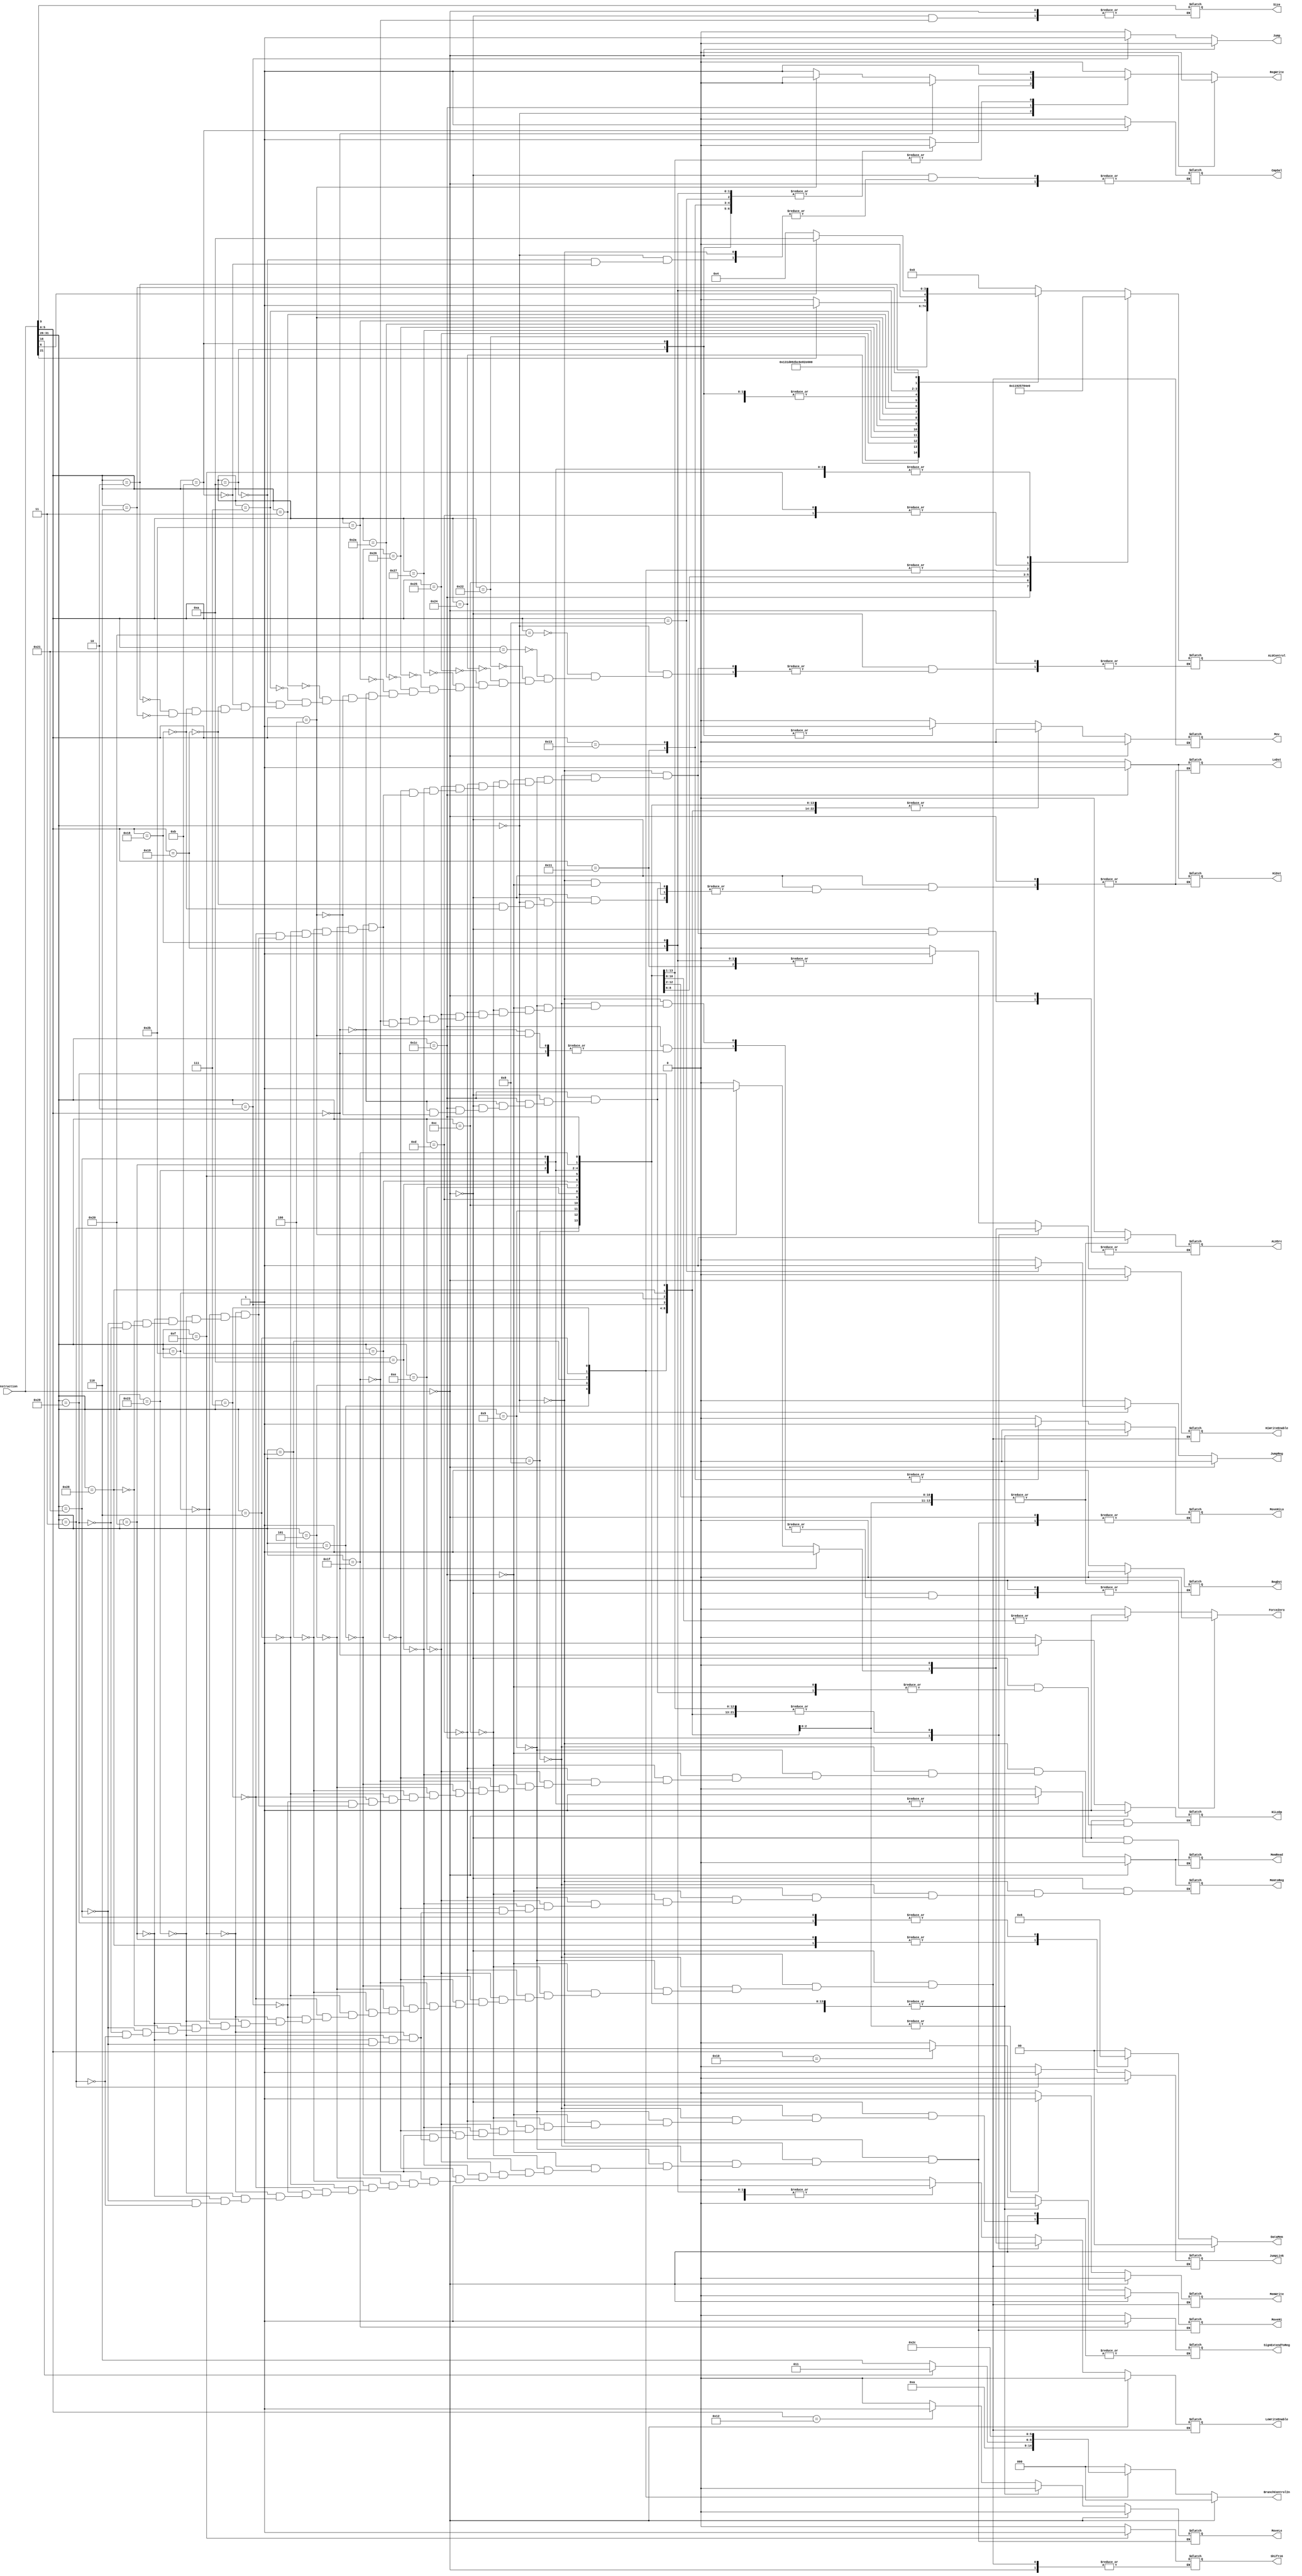
`timescale 1ns / 1ps

////////////////////////////////////////////////////////////////////////////////
// Team Members:
// Overall percent effort of each team meber: 
// Eddie Richter: 
// Hugo Valdez: 
// 
// ECE369 - Computer Architecture
// Laboratory 3 (PostLab)
// Module - Controller.v
// Description - Controls the datapath of the MIPS processor.
// INPUTS:
//
// OUTPUTS:-
// FUNCTIONALITY:-
////////////////////////////////////////////////////////////////////////////////

module Controller(DataMem, JumpReg, JumpLink, Shift16, Jump, BranchControlIn, ForceZero, HiLoOp, HiDst, LoDst, Mov, CmpSel, Instruction, Size, RegDst, RegWrite, ALUSrc, MemWrite, MemRead, MemtoReg, ALUControl, HiWriteEnable, LoWriteEnable, SignExtendToReg, MoveHiLo, MoveHi, MoveLo);
    input[31:0] Instruction;
    output reg Mov, CmpSel, SignExtendToReg, Size, RegDst, 
    RegWrite, ALUSrc, MemWrite, MemRead, MemtoReg, 
    HiWriteEnable, LoWriteEnable, HiLoOp, HiDst, LoDst, MoveHiLo,
    MoveHi, MoveLo, ForceZero, Jump, Shift16, JumpReg, JumpLink;
    output reg [1:0] DataMem;
    output reg [2:0] BranchControlIn;
    output reg[4:0] ALUControl;
    
    initial begin
        Jump <= 0;
        JumpReg <= 0;
        JumpLink <= 0;
        BranchControlIn <= 3'b000;
        RegWrite <= 0;       
    end
    
    always@(Instruction) begin // Datapath Controller
        RegWrite <= 0;
        DataMem <= 0;
        Jump <= 0;
        JumpReg <= 0;
        BranchControlIn <= 3'b000;
        ForceZero <= 0;
        HiLoOp <= 0;
        if (Instruction == 32'd0) begin // nop
            Mov <= 0;
            RegWrite <= 0;
            MemWrite <= 0;
            MemRead <= 0;
            HiWriteEnable <= 0;
            LoWriteEnable <= 0;
            Jump <= 0;
            JumpReg <= 0;
            JumpLink <= 0;
            MoveHi <= 0;
            MoveLo <= 0;
            BranchControlIn <= 3'b000;
            MemtoReg <= 0;
            HiLoOp = 1;
        end
        else begin
            case(Instruction[31:26])
                6'b000000: begin
                                RegDst <= 1;
                                JumpReg <= 0;
                                JumpLink <= 0;
                                Shift16 <= 0;
                                Jump <= 0;
                                BranchControlIn <= 3'd0;
                                ForceZero <= 0;
                                ALUSrc <= 0;
                                Mov <= 0;
                                MemtoReg <= 0;
                                RegWrite <= 1;
                                MemRead <= 0;
                                HiWriteEnable <= 0;
                                LoWriteEnable <= 0;
                                MemWrite <= 0;
                                SignExtendToReg <= 0;
                                MoveHiLo <= 0;
                                MoveHi <= 0;
                                MoveLo <= 0;
                                case(Instruction[5:0])
                                   6'b100000: ALUControl <= 5'b00000; // Add
                                   6'b100001: ALUControl <= 5'b00000; // Addu
                                   6'b100010: ALUControl <= 5'b00001; // Sub
                                   6'b100100: ALUControl <= 5'b00110; // And
                                   6'b100101: ALUControl <= 5'b00111; // Or
                                   6'b100111: ALUControl <= 5'b01000; // Nor
                                   6'b100110: ALUControl <= 5'b01001; // Xor
                                   6'b101010: ALUControl <= 5'b00101; // Slt
                                   6'b101011: ALUControl <= 5'b01111; // Sltu
                                   6'b000000: ALUControl <= 5'b01011; // Sll
                                   6'b000100: ALUControl <= 5'b00011; // Sllv
                                   6'b000011: ALUControl <= 5'b01110; // Sra
                                   6'b000111: ALUControl <= 5'b10000; // Srav
                                   6'b001010: begin  // Movz
                                                    ALUControl <= 5'b01011;
                                                    RegWrite <= 0;
                                                    Mov <= 1;
                                                    CmpSel <= 0;
                                              end
                                   6'b001011: begin // Movn
                                                    ALUControl <= 5'b01011;
                                                    RegWrite <= 0;
                                                    Mov <= 1;
                                                    CmpSel <= 1;
                                            end
                                   6'b011001: begin  // multu
                                                    HiWriteEnable <= 1;
                                                    LoWriteEnable <= 1;
                                                    RegWrite <= 0;
                                                    Mov <= 0;
                                                    ALUControl <= 5'b10001;
                                                    HiDst = 0;
                                                    LoDst = 0;
                                             end
                                   6'b011000: begin  // mult
                                                    HiWriteEnable <= 1;
                                                    LoWriteEnable <= 1;
                                                    RegWrite <= 0;
                                                    Mov <= 0;
                                                    ALUControl <= 5'b00010;
                                                    HiDst = 0;
                                                    LoDst = 0;
                                              end
                                   6'b000010: begin 
                                                    if (Instruction[21] == 1'b0)
                                                        ALUControl <= 5'b01100; // Srl
                                                    else
                                                        ALUControl <= 5'b01101; // Rotr
                                              end
                                   6'b000110: begin
                                                    if (Instruction[6] == 1'b1)
                                                        ALUControl <= 5'b01010; // Rotrv
                                                    else
                                                        ALUControl <= 5'b00100;
                                              end
                                   6'b010001: begin //MtHi
                                                    RegWrite <= 0;
                                                    HiWriteEnable <= 1;
                                                    MoveHiLo <= 1;
                                              end
                                   6'b010011: begin //MtLo
                                                    RegWrite <= 0;
                                                    LoWriteEnable <= 1;
                                                    MoveHiLo <= 1;
                                              end
                                   6'b010000: MoveHi <= 1; //MfHi
                                   6'b010010: MoveLo <= 1; //MfLo
                                   6'b001000: begin // jr
                                                    RegWrite <= 0;
                                                    JumpReg <=1;
                                              end
                                   
                                endcase
                           end
                6'b001000: begin // Addi
                                RegDst <= 0;
                                JumpReg <= 0;
                                JumpLink <= 0;
                                Shift16 <= 0;
                                Jump <= 0;
                                ForceZero <= 0;
                                BranchControlIn <= 3'd0;
                                ALUSrc <= 1;
                                MemtoReg <= 0;
                                Mov <= 0;
                                RegWrite <= 1;
                                MemRead <= 0;
                                MemWrite <= 0;
                                HiWriteEnable <= 0;
                                LoWriteEnable <= 0;
                                SignExtendToReg <= 0;
                                ALUControl <= 5'b00000;
                                MoveHiLo <= 0;
                                MoveHi <= 0;
                                MoveLo <= 0;
                           end
                6'b001001: begin // Addiu
                                RegDst <= 0;
                                JumpReg <= 0;
                                JumpLink <= 0;
                                Shift16 <= 0;
                                Jump <= 0;
                                ForceZero <= 0;
                                BranchControlIn <= 3'd0;
                                ALUSrc <= 1;
                                MemtoReg <= 0;
                                RegWrite <= 1;
                                MemRead <= 0;
                                Mov <= 0;
                                MemWrite <= 0;
                                HiWriteEnable <= 0;
                                LoWriteEnable <= 0;
                                SignExtendToReg <= 0;
                                ALUControl <= 5'b00000;
                                MoveHiLo <= 0;
                                MoveHi <= 0;
                                MoveLo <= 0;
                           end 
                6'b011100: begin 
                                if(Instruction[5:0] == 6'b00000) begin // Madd
                                    ALUSrc <= 0;
                                    JumpReg <= 0;
                                    JumpLink <= 0;
                                    Shift16 <= 0;
                                    Jump <= 0;
                                    ForceZero <= 0;
                                    BranchControlIn <= 3'd0;
                                    MemtoReg <= 0;
                                    RegWrite <= 0;
                                    MemRead <= 0;
                                    MemWrite <= 0;
                                    Mov <= 0;
                                    HiWriteEnable <= 1;
                                    LoWriteEnable <= 1;
                                    SignExtendToReg <= 0;
                                    ALUControl <= 5'b00010;
                                    HiDst <= 1;
                                    LoDst <= 1;
                                    HiLoOp <= 1;    
                                    MoveHiLo <= 0; 
                                    MoveHi <= 0;
                                    MoveLo <= 0;                       
                                end
                                else if(Instruction[5:0] == 6'b000100) begin // Msub
                                    ALUSrc <= 0;
                                    JumpReg <= 0;
                                    JumpLink <= 0;
                                    Shift16 <= 0;
                                    Jump <= 0;
                                    ForceZero <= 0;
                                    BranchControlIn <= 3'd0;
                                    MemtoReg <= 0;
                                    RegWrite <= 0;
                                    MemRead <= 0;
                                    MemWrite <= 0;
                                    Mov <= 0;
                                    HiWriteEnable <= 1;
                                    LoWriteEnable <= 1;
                                    SignExtendToReg <= 0;
                                    ALUControl <= 5'b00010;
                                    HiDst = 1;
                                    LoDst = 1;
                                    HiLoOp = 0;    
                                    MoveHiLo <= 0;   
                                    MoveHi <= 0;
                                    MoveLo <= 0;                                                 
                                end
                                else begin // Mul
                                    RegDst <= 1;
                                    JumpReg <= 0;
                                    JumpLink <= 0;
                                    Shift16 <= 0;
                                    Jump <= 0;
                                    ForceZero <= 0;
                                    BranchControlIn <= 3'd0;
                                    ALUSrc <= 0;
                                    MemtoReg <= 0;
                                    RegWrite <= 1;
                                    MemRead <= 0;
                                    MemWrite <= 0;
                                    Mov <= 0;
                                    HiWriteEnable <= 0;
                                    LoWriteEnable <= 0;
                                    SignExtendToReg <= 0;                          
                                    ALUControl <= 5'b00010;
                                    MoveHiLo <= 0;
                                    MoveHi <= 0;
                                    MoveLo <= 0;
                              end
                          end
               6'b001100: begin // Andi
                                RegDst <= 0;
                                JumpReg <= 0;
                                JumpLink <= 0;
                                Shift16 <= 0;
                                Jump <= 0;
                                ForceZero <= 1;
                                ALUSrc <= 1;
                                MemtoReg <= 0;
                                RegWrite <= 1;
                                Mov <= 0;
                                MemRead <= 0;
                                MemWrite <= 0;
                                BranchControlIn <= 3'd0;
                                HiWriteEnable <= 0;
                                LoWriteEnable <= 0; 
                                SignExtendToReg <= 0;
                                ALUControl <= 5'b00110;
                                MoveHiLo <= 0;
                                MoveHi <= 0;
                                MoveLo <= 0;
                          end
               6'b001101: begin // Ori
                                RegDst <= 0;
                                JumpReg <= 0;
                                JumpLink <= 0;
                                Shift16 <= 0;
                                Jump <= 0;
                                ForceZero <= 1;
                                BranchControlIn <= 3'd0;
                                ALUSrc <= 1;
                                MemtoReg <= 0;
                                RegWrite <= 1;
                                Mov <= 0;
                                MemRead <= 0;
                                MemWrite <= 0;
                                HiWriteEnable <= 0;
                                LoWriteEnable <= 0;
                                SignExtendToReg <= 0;
                                ALUControl <= 5'b00111;
                                MoveHiLo <= 0;
                                MoveHi <= 0;
                                MoveLo <= 0;
                          end
               6'b001110: begin // xori
                                RegDst <= 0;
                                JumpReg <= 0;
                                JumpLink <= 0;
                                Shift16 <= 0;
                                Jump <= 0;
                                ForceZero <= 1;
                                ALUSrc <= 1;
                                MemtoReg <= 0;
                                BranchControlIn <= 3'd0;
                                RegWrite <= 1;
                                MemRead <= 0;
                                Mov <= 0;
                                HiWriteEnable <= 0;
                                LoWriteEnable <= 0;
                                SignExtendToReg <= 0;
                                MemWrite <= 0;
                                ALUControl <= 5'b01001;
                                MoveHiLo <= 0;
                                MoveHi <= 0;
                                MoveLo <= 0;
                          end
               6'b001010: begin // slti
                                RegDst <= 0;
                                JumpReg <= 0;
                                JumpLink <= 0;
                                Shift16 <= 0;
                                Jump <= 0;
                                ForceZero <= 0;
                                ALUSrc <= 1;
                                MemtoReg <= 0;
                                RegWrite <= 1;
                                BranchControlIn <= 3'd0;
                                HiWriteEnable <= 0;
                                LoWriteEnable <= 0;
                                SignExtendToReg <= 0;
                                MemRead <= 0;
                                Mov <= 0;
                                MemWrite <= 0;
                                ALUControl <= 5'b00101;
                                MoveHiLo <= 0;
                                MoveHi <= 0;
                                MoveLo <= 0;
                          end
               6'b001011: begin // sltui
                                RegDst <= 0;
                                JumpReg <= 0;
                                JumpLink <= 0;
                                Shift16 <= 0;
                                Jump <= 0;
                                ForceZero <= 0;
                                ALUSrc <= 1;
                                MemtoReg <= 0;
                                BranchControlIn <= 3'd0;
                                RegWrite <= 1;
                                HiWriteEnable <= 0;
                                LoWriteEnable <= 0;
                                SignExtendToReg <= 0;
                                MemRead <= 0;
                                Mov <= 0;
                                MemWrite <= 0;
                                ALUControl <= 5'b01111;
                                MoveHiLo <= 0;
                                MoveHi <= 0;
                                MoveLo <= 0;
                        end
               6'b011111: begin // Seb and Seh
                                RegDst <= 1;
                                JumpReg <= 0;
                                JumpLink <= 0;
                                Shift16 <= 0;
                                Jump <= 0;
                                ForceZero <= 0;
                                BranchControlIn <= 3'd0;
                                RegWrite <= 1;
                                HiWriteEnable <= 0;
                                LoWriteEnable <= 0;
                                Mov <= 0;
                                SignExtendToReg <= 1;
                                MemRead <= 0;
                                MemWrite <= 0;
                                Size <= Instruction[9];
                                MoveHiLo <= 0;
                                MoveHi <= 0;
                                MoveLo <= 0;
                          end
               6'b000100: begin // beq
                                RegDst <= 1;
                                JumpReg <= 0;
                                JumpLink <= 0;
                                Shift16 <= 0;
                                Jump <= 0;
                                ForceZero <= 0;
                                BranchControlIn <= 3'b001;
                                ALUSrc <= 0;
                                RegWrite <= 0;
                                Mov <= 0;
                                MemRead <= 0;
                                MemWrite <= 0;
                                HiWriteEnable <= 0;
                                LoWriteEnable <= 0;
                                ALUControl <= 5'b00001;
                                MoveHiLo <= 0;
                                MoveHi <= 0;
                                MoveLo <= 0;
                          end
               6'b000101: begin // bne
                                RegDst <= 1;
                                JumpReg <= 0;
                                JumpLink <= 0;
                                Shift16 <= 0;
                                Jump <= 0;
                                ForceZero <= 0;
                                BranchControlIn <= 3'b010;
                                ALUSrc <= 0;
                                RegWrite <= 0;
                                Mov <= 0;
                                MemRead <= 0;
                                MemWrite <= 0;
                                HiWriteEnable <= 0;
                                LoWriteEnable <= 0;
                                ALUControl <= 5'b00001;
                                MoveHiLo <= 0;
                                MoveHi <= 0;
                                MoveLo <= 0;
                        end
             6'b000001: begin // bgez or bltz
                                RegDst <= 1;
                                Shift16 <= 0;
                                JumpReg <= 0;
                                JumpLink <= 0;
                                Jump <= 0;
                                ForceZero <= 0;
                                if (Instruction[16] == 1) begin // bgez
                                    BranchControlIn <= 3'b011;
                                    end
                                else // bltz
                                    BranchControlIn <= 3'b110;
                                ALUSrc <= 0;
                                RegWrite <= 0;
                                Mov <= 0;
                                MemRead <= 0;
                                MemWrite <= 0;
                                HiWriteEnable <= 0;
                                LoWriteEnable <= 0;
                                ALUControl <= 5'b00001;
                                MoveHiLo <= 0;
                                MoveHi <= 0;
                                MoveLo <= 0;
                        end
             6'b000110: begin // blez
                                RegDst <= 1;
                                Shift16 <= 0;
                                JumpReg <= 0;
                                JumpLink <= 0;
                                Jump <= 0;
                                ForceZero <= 0;
                                BranchControlIn <= 3'b101;
                                ALUSrc <= 0;
                                RegWrite <= 0;
                                Mov <= 0;
                                MemRead <= 0;
                                MemWrite <= 0;
                                HiWriteEnable <= 0;
                                LoWriteEnable <= 0;
                                ALUControl <= 5'b00001;
                                MoveHiLo <= 0;
                                MoveHi <= 0;
                                MoveLo <= 0;
                        end
             6'b000111: begin // bgtz
                                RegDst <= 1;
                                Shift16 <= 0;
                                JumpReg <= 0;
                                JumpLink <= 0;
                                Jump <= 0;
                                ForceZero <= 0;
                                BranchControlIn <= 3'b100;
                                ALUSrc <= 0;
                                RegWrite <= 0;
                                Mov <= 0;
                                MemRead <= 0;
                                MemWrite <= 0;
                                HiWriteEnable <= 0;
                                LoWriteEnable <= 0;
                                ALUControl <= 5'b00001;
                                MoveHiLo <= 0;
                                MoveHi <= 0;
                                MoveLo <= 0;
                        end
             6'b000010: begin // j
                                Jump <= 1;
                                JumpReg <= 0;
                                JumpLink <= 0;
                                Shift16 <= 0;
                                RegWrite <= 0;
                                Mov <= 0;
                                MemRead <= 0;
                                MemWrite <= 0;
                                HiWriteEnable <= 0;
                                LoWriteEnable <= 0;
                                MoveHiLo <= 0;
                                MoveHi <= 0;
                                MoveLo <= 0;
                        end
             6'b001111: begin // lui
                                RegDst <= 0;
                                Shift16 <= 1;
                                JumpReg <= 0;
                                JumpLink <= 0;
                                Jump <= 0;
                                ForceZero <= 0;                            
                                BranchControlIn <= 3'd0;
                                ALUSrc <= 1;
                                RegWrite <= 1;
                                Mov <= 0;
                                MemRead <= 0;
                                MemWrite <= 0;
                                HiWriteEnable <= 0;
                                LoWriteEnable <= 0;
                                ALUControl <= 5'b00111;
                                MoveHiLo <= 0;
                                MoveHi <= 0;
                                MoveLo <= 0;
                                MemtoReg <= 0;
                                SignExtendToReg <= 0;
                        end       
             6'b101011: begin //SW
                                RegDst <= 0;
                                ForceZero <= 0;
                                Shift16 <= 0;
                                Jump <= 0;
                                BranchControlIn <= 3'd0;
                                ALUSrc <= 1;
                                Mov <= 0;
                                //MemtoReg <= 0;
                                RegWrite <= 0;
                                MemRead <= 0;
                                HiWriteEnable <= 0;
                                LoWriteEnable <= 0;
                                MemWrite <= 1;
                                //Branch <= 0;
                                //SignExtendToReg <= 0;
                                //MoveHiLo <= 0;
                                //MoveHi <= 0;
                                //MoveLo <= 0; 
                                ALUControl <= 5'b00000;
                                DataMem <= 2'b00;
                                JumpReg <=0;
                                JumpLink <= 0;
                        end
             6'b100011: begin //LW
                                RegDst <= 0;
                                ForceZero <= 0;
                                ALUSrc <= 1;
                                Shift16 <= 0;
                                Jump <= 0;
                                BranchControlIn <= 3'd0;
                                Mov <= 0;
                                MemtoReg <= 1;
                                RegWrite <= 1;
                                MemRead <= 1;
                                HiWriteEnable <= 0;
                                LoWriteEnable <= 0;
                                MemWrite <= 0;
                                //Branch <= 0;
                                SignExtendToReg <= 0;
                                MoveHiLo <= 0;
                                MoveHi <= 0;
                                MoveLo <= 0;
                                ALUControl <= 5'b00000;
                                DataMem <= 2'b00;
                                JumpReg <=0;
                                JumpLink <= 0;
                        end
             6'b100000: begin //LB
                                RegDst <= 0;
                                ForceZero <= 0;
                                Shift16 <= 0;
                                Jump <= 0;
                                BranchControlIn <= 3'd0;
                                ALUSrc <= 1;
                                Mov <= 0;
                                MemtoReg <= 1;
                                RegWrite <= 1;
                                MemRead <= 1;
                                HiWriteEnable <= 0;
                                LoWriteEnable <= 0;
                                MemWrite <= 0;
                                //Branch <= 0;
                                SignExtendToReg <= 0;
                                MoveHiLo <= 0;
                                MoveHi <= 0;
                                MoveLo <= 0;
                                ALUControl <= 5'b00000;
                                DataMem <= 2'b01;
                                JumpReg <=0;
                                JumpLink <= 0;
                        end
             6'b101000: begin //SB
                                RegDst <= 0;
                                ForceZero <= 0;
                                ALUSrc <= 1;
                                Mov <= 0;
                                Shift16 <= 0;
                                Jump <= 0;
                                BranchControlIn <= 3'd0;
                                //MemtoReg <= 0;
                                RegWrite <= 0;
                                MemRead <= 0;
                                HiWriteEnable <= 0;
                                LoWriteEnable <= 0;
                                MemWrite <= 1;
                                //Branch <= 0;
                                //SignExtendToReg <= 0;
                                //MoveHiLo <= 0;
                                //MoveHi <= 0;
                                //MoveLo <= 0; 
                                ALUControl <= 5'b00000;
                                DataMem <= 2'b01;
                                JumpReg <=0;
                                JumpLink <= 0;
                        end
             6'b100001: begin //lh
                                RegDst <= 0;
                                ForceZero <= 0;
                                ALUSrc <= 1;
                                Shift16 <= 0;
                                Jump <= 0;
                                BranchControlIn <= 3'd0;
                                Mov <= 0;
                                MemtoReg <= 1;
                                RegWrite <= 1;
                                MemRead <= 1;
                                HiWriteEnable <= 0;
                                LoWriteEnable <= 0;
                                MemWrite <= 0;
                                //Branch <= 0;
                                SignExtendToReg <= 0;
                                MoveHiLo <= 0;
                                MoveHi <= 0;
                                MoveLo <= 0;
                                ALUControl <= 5'b00000;
                                DataMem <= 2'b10;
                                JumpReg <=0;
                                JumpLink <= 0;
                        end
             6'b101001: begin //sh
                                RegDst <= 0;
                                ForceZero <= 0;
                                ALUSrc <= 1;
                                Mov <= 0;
                                Shift16 <= 0;
                                Jump <= 0;
                                BranchControlIn <= 3'd0;                            
                                //MemtoReg <= 0;
                                RegWrite <= 0;
                                MemRead <= 0;
                                HiWriteEnable <= 0;
                                LoWriteEnable <= 0;
                                MemWrite <= 1;
                                //Branch <= 0;
                                //SignExtendToReg <= 0;
                                //MoveHiLo <= 0;
                                //MoveHi <= 0;
                                //MoveLo <= 0; 
                                ALUControl <= 5'b00000;
                                DataMem <= 2'b10;
                                JumpReg <=0;
                                JumpLink <= 0;
                        end
             6'b000011: begin //jal
                                //RegDst <= 0;
                                //ForceZero <= 0;
                                //ALUSrc <= 1;
                                Mov <= 0;
                                Shift16 <= 0;
                                Jump <= 0;
                                BranchControlIn <= 3'd0;
                                //MemtoReg <= 1;
                                RegWrite <= 1;
                                //MemRead <= 1;
                                HiWriteEnable <= 0;
                                LoWriteEnable <= 0;
                                MemWrite <= 0;
                                //Branch <= 0;
                                //SignExtendToReg <= 0;
                                MoveHiLo <= 0;
                                MoveHi <= 0;
                                MoveLo <= 0;
                                //ALUControl <= 5'b00000;
                                //DataMem <= 2'b10;
                                JumpReg <= 0;
                                JumpLink <= 1;
                        end
            endcase
        end
    end
    
endmodule